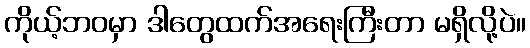
ကိုယ့်ဘဝမှာ ဒါတွေထက်အရေးကြီးတာ မရှိလို့ပဲ။